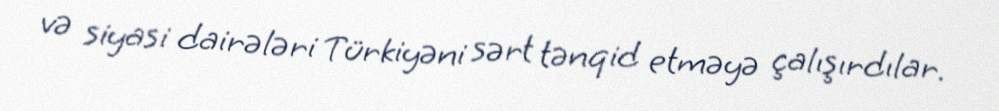
və siyasi dairələri Türkiyəni sərt tənqid etməyə çalışırdılar.